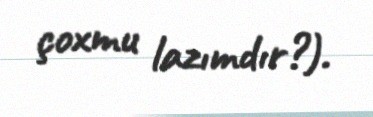
çoxmu lazımdır?).